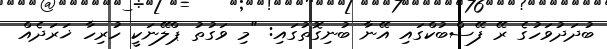
ބުދަދުވަހުގެ ރޭ ފޭސްބުކްގައި އޭނާ ބުނިގޮތުގައި: "މި ވަގުތު ޕްލޭނަކީ ހުރިހާ ޚަރަދެއް